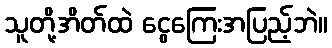
သူတို့အိတ်ထဲ ငွေကြေးအပြည့်ဘဲ။